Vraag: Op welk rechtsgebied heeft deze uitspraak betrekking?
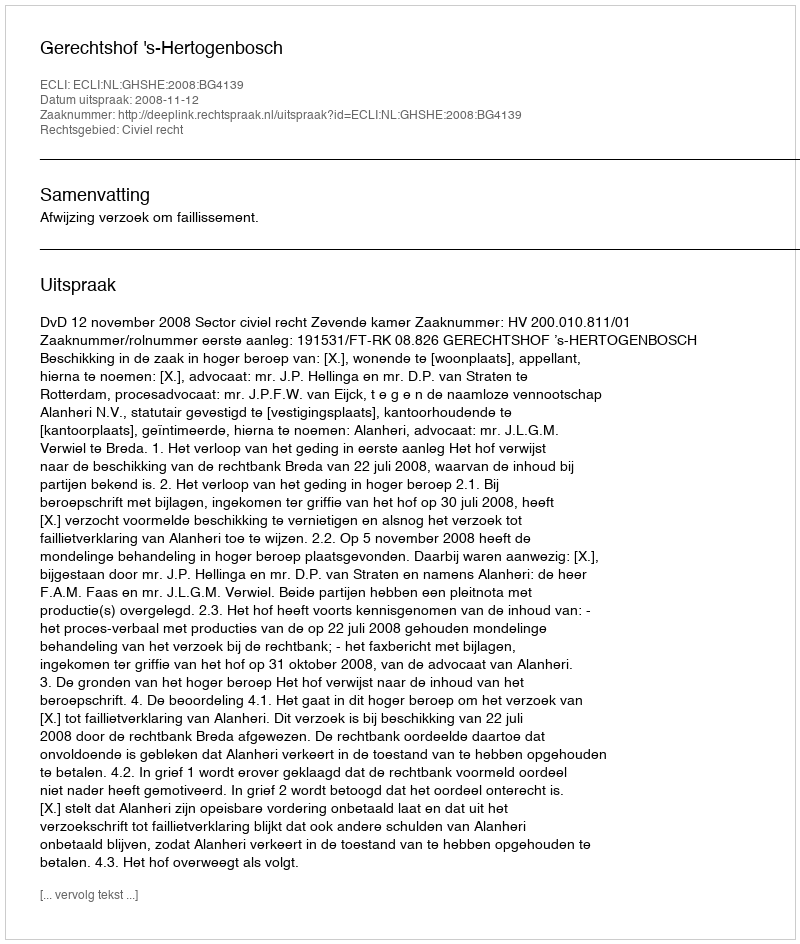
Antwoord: Civiel recht